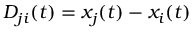
D _ { j i } ( t ) = x _ { j } ( t ) - x _ { i } ( t )